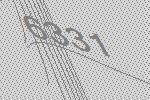
6331